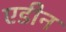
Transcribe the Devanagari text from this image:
एडीन